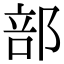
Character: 部